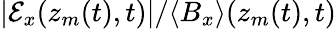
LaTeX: |\mathcal{E}_{x}(z_{m}(t),t)|/\langle B_{x}\rangle(z_{m}(t),t)